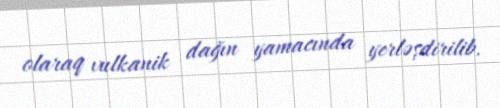
olaraq vulkanik dağın yamacında yerləşdirilib.